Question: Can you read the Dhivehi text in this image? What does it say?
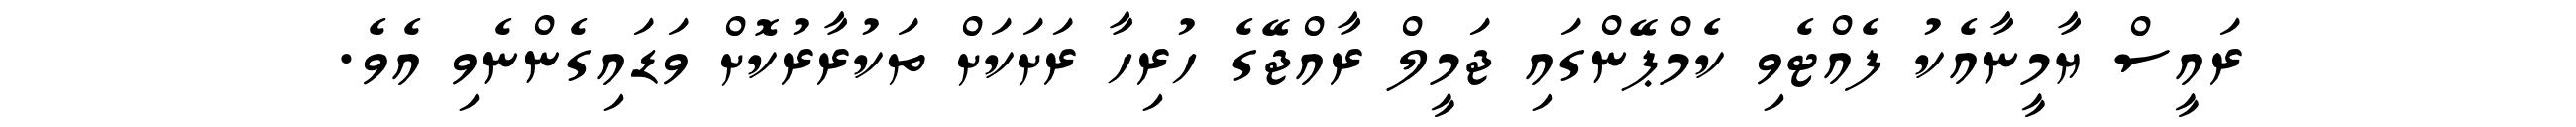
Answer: ރައީސް ޔާމީނާއެކު ފެއްޓެވި ކެމްޕޭންގައި ޖަމީލް ރާއްޖޭގެ ހުރިހާ ރަށަކަށް ތަކުރާރުކޮށް ވަޑައިގެންނެވި އެވެ.